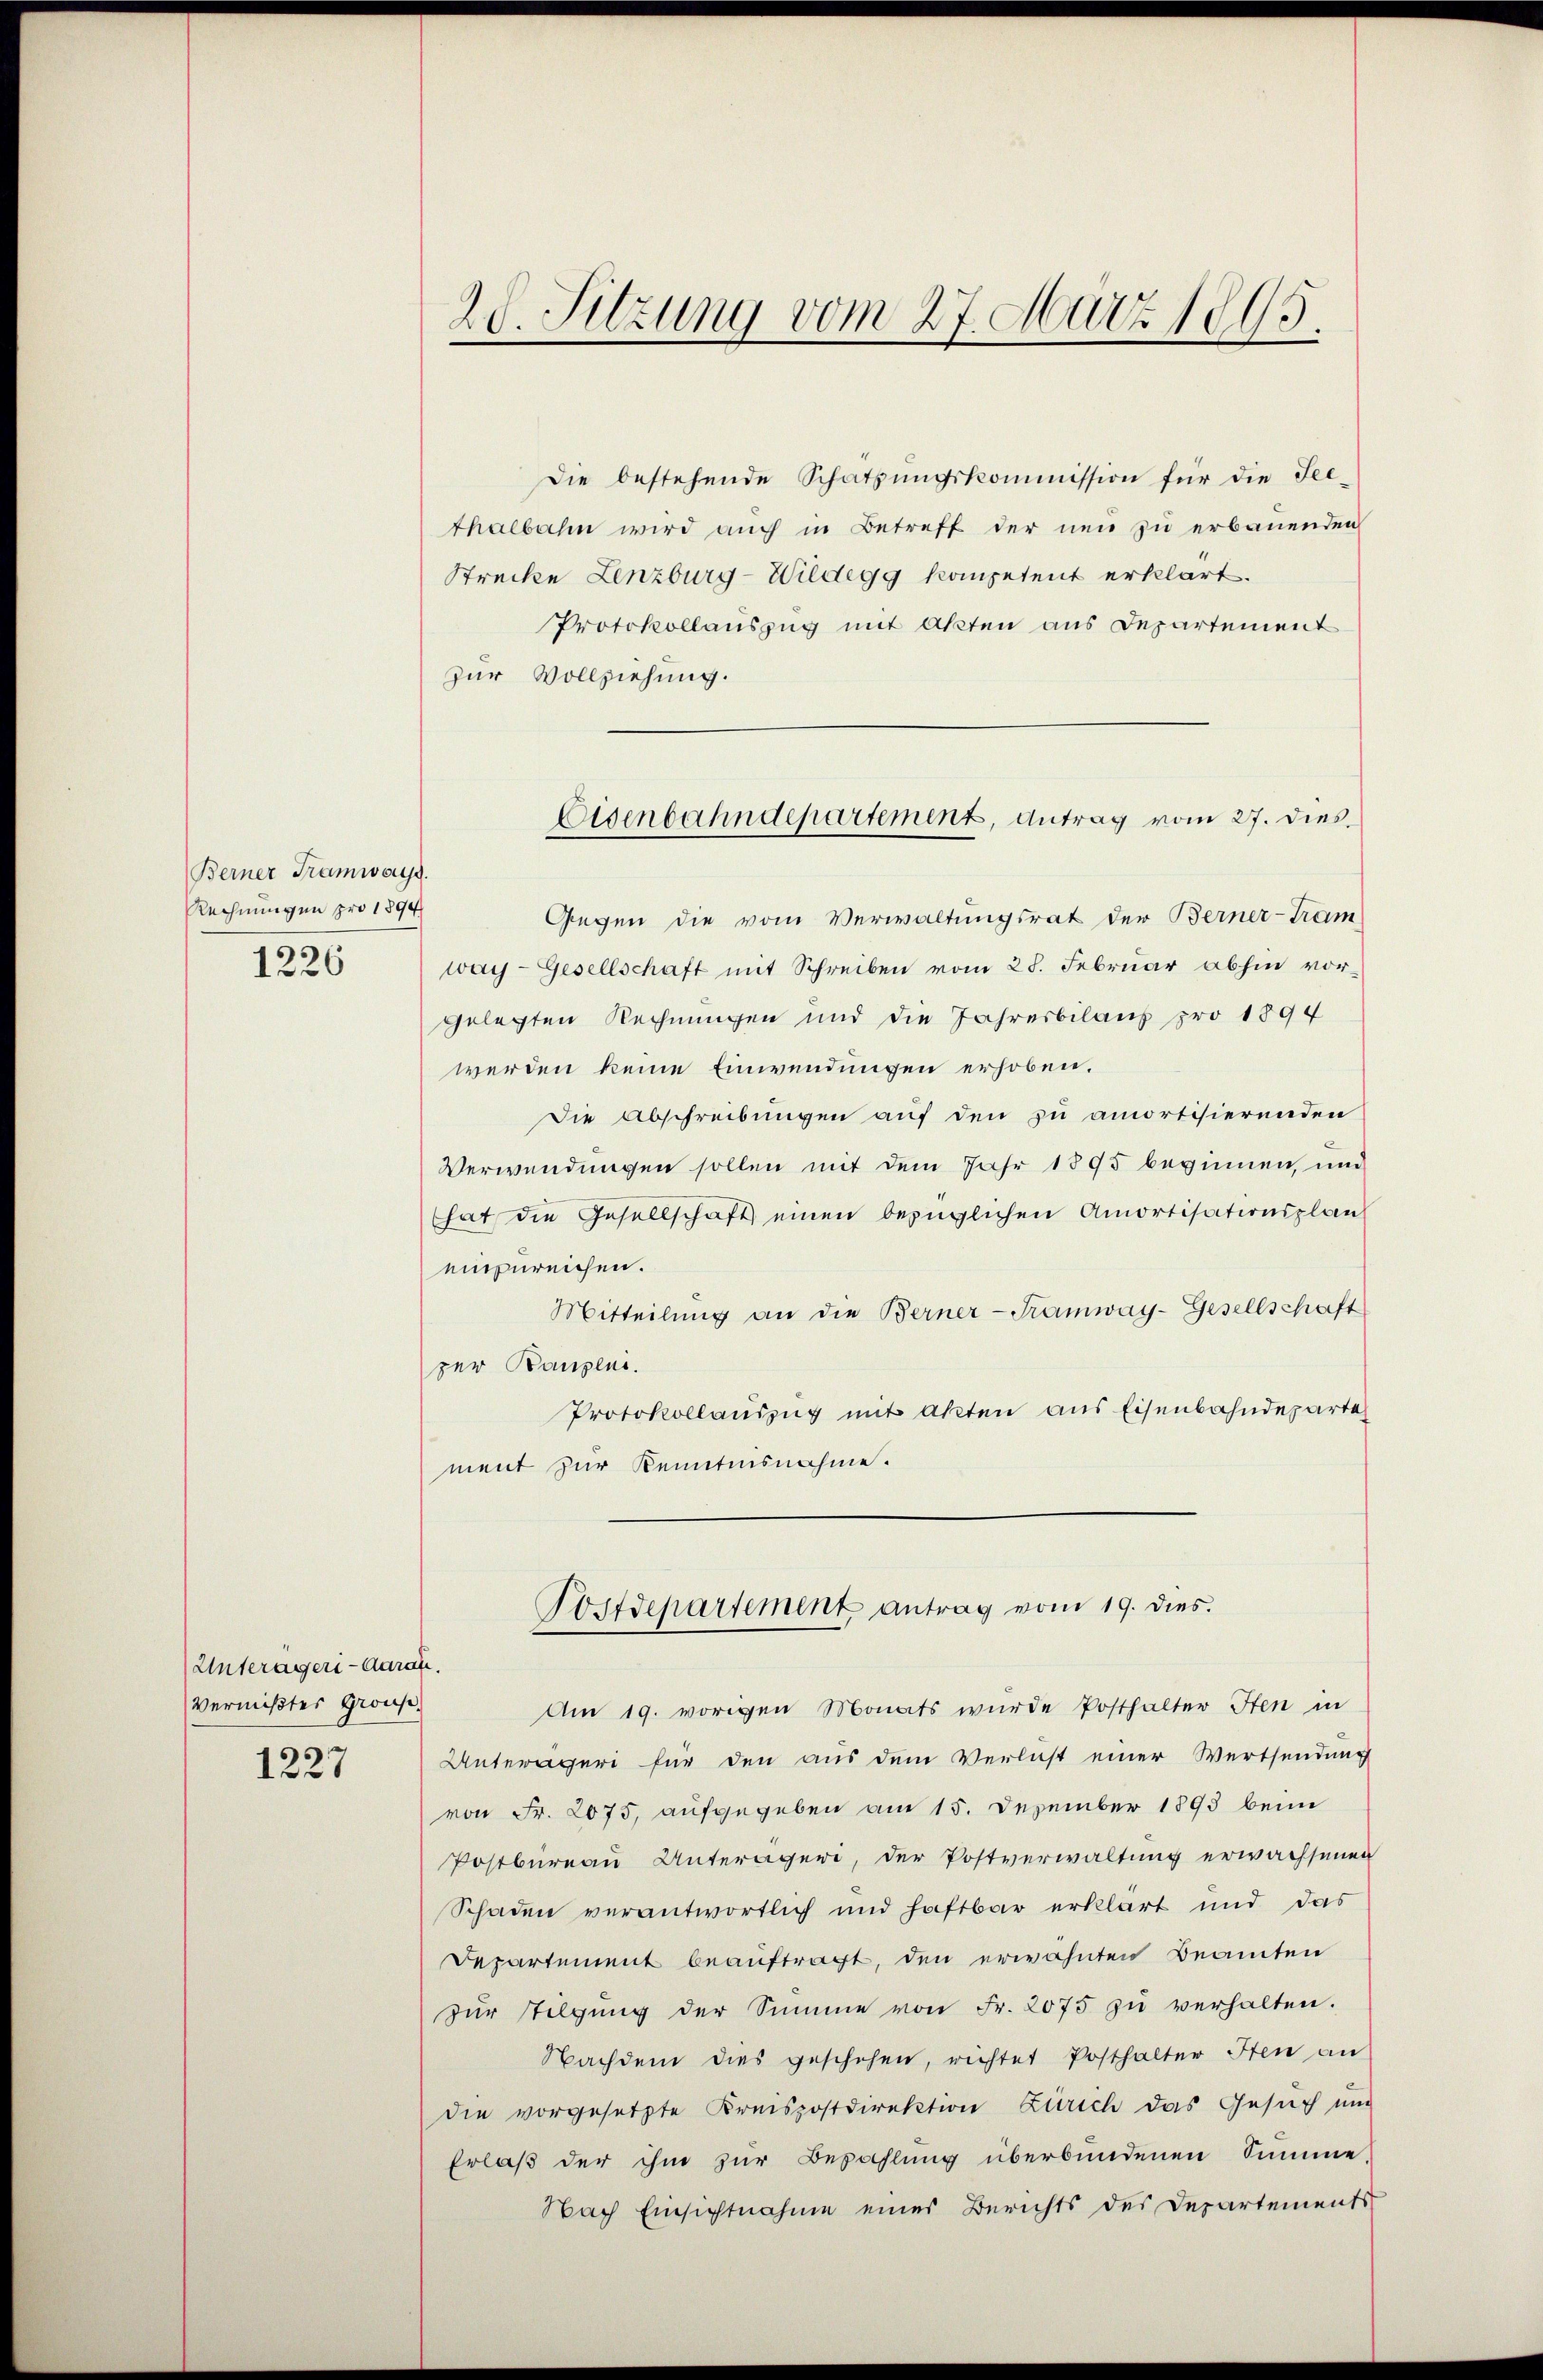
Berner Tramways.
Rechnungen pro 1894
1226

1227

20. Sitzung vom 27. März 1895.

Unterägeri - daran.
Vermißter Grosse

Die bestehende Schatzŭngskommission für die See-
thalbahn wird auch in Betreff der neu zu erbauenden
Strecke Lenzburg-Wildegg kompetent erklärt.
Protokollauszug mit Akten aus Departement
zur Vollziehung.
Gegen die vom Verwaltungsrat der Berner-Tram
way- Gesellschaft mit Schreiben vom 28. Februar abhin vor
gelegten Rechnungen und die Jahresbilaus pro 1894
werden keine Einwendungen erhoben.
Die Abschreibungen auf den zu amortisierenden
Verwendungen sollen mit dem Jahr 1895 beginnen, und
hat die Gesellschaft einen bezüglichen Amortisationsplan
einzureichen.
Mitteilŭng an die Berner-Tramway-Gesellschaft
per Baupens.
Protokollauszug mit Akten aus Eisenbahndeparte
ment zur Kenntnisnahme.
Postdepartement antrag vom 19. dies.
Am 19. vorigen Monats wurde Posthalter Iten in
Unterägeri für den aus dem Verlust einer Wertsendung
von Fr. 2075, aufgegeben am 15. Dezember 1893 beim
Postbureau Unterägere, der Postverwaltung erwachsenen
Schaden verantwortlich und haftbar erklärt und das
Departement beauftragt, den erwähnten Beamten
zŭr Tilgung der Summe von Fr. 2075 zŭ verhalten.
Nachdem dies geschehen, richtet Posthalter Iten an
die vorgesetzte Kreispostdirektion Zürich das Gesuch und
Erlaß der ihm zur Bezahlung überbundenen Summe,
Nach Einsichtnahme eines Berichts des Departements

Eisenbahndepartement, Antrag vom 27. dies